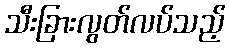
သီးခြားလွတ်လပ်သည့်